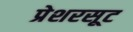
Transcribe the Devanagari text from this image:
प्रेशरसूट